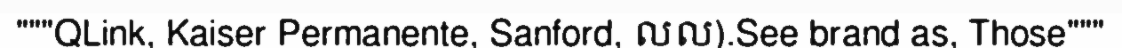
"""QLink, Kaiser Permanente, Sanford, លល).See brand as, Those"""